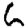
Digit: 6